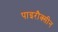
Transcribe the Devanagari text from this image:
पाइरौक्सीन